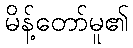
မိန့်တော်မူ၏